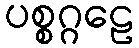
ပစ္စဂ္ဂဠေ